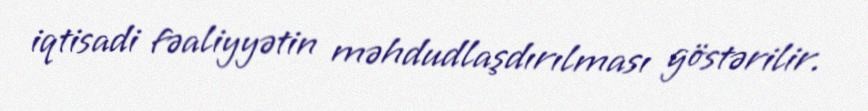
iqtisadi fəaliyyətin məhdudlaşdırılması göstərilir.